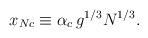
LaTeX: \begin{align*}x_{Nc}\equiv\alpha_c\,g^{1/3}N^{1/3}.\end{align*}